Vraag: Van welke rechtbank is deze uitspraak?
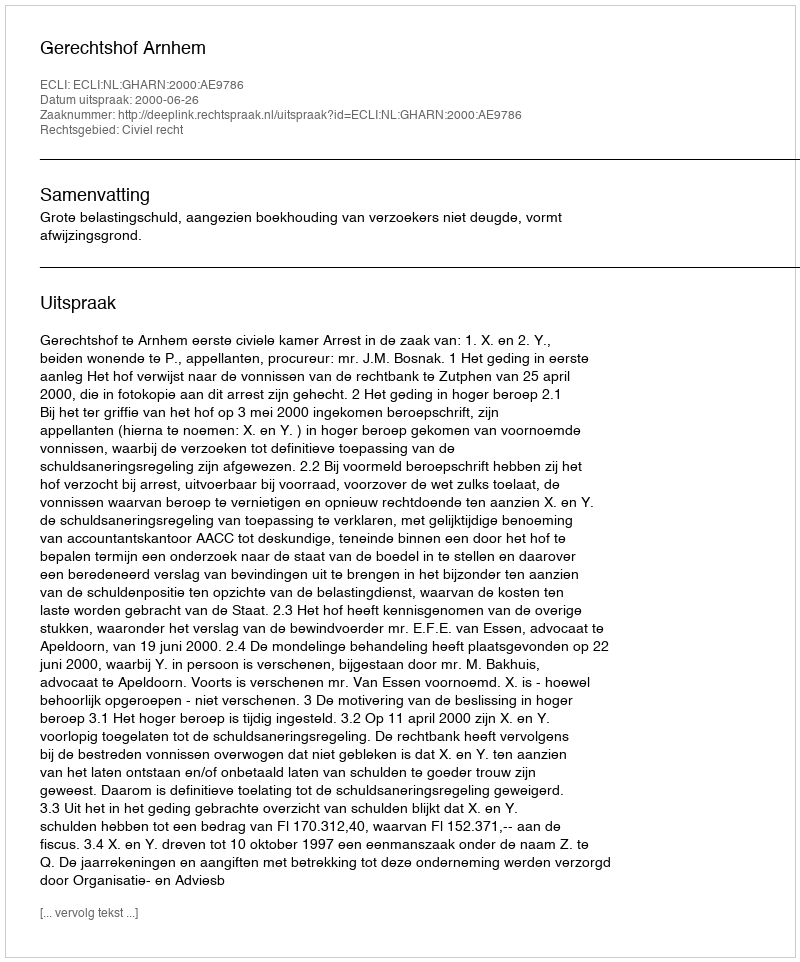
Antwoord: Gerechtshof Arnhem